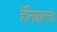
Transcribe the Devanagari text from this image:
हॅनिबालचा